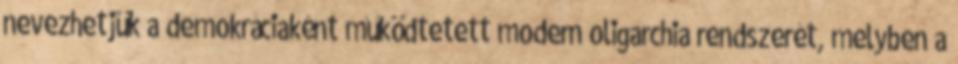
nevezhetjük a demokráciaként működtetett modern oligarchia rendszerét, melyben a